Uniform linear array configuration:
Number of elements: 8
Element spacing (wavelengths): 1
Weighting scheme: hamming
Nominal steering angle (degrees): -60
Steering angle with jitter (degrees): -61.848
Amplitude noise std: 0.05
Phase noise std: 0.05

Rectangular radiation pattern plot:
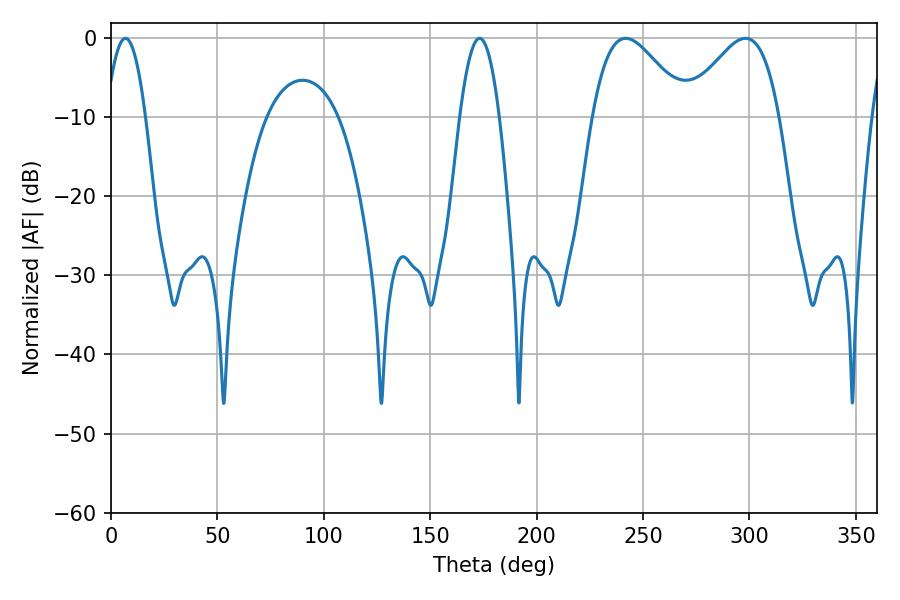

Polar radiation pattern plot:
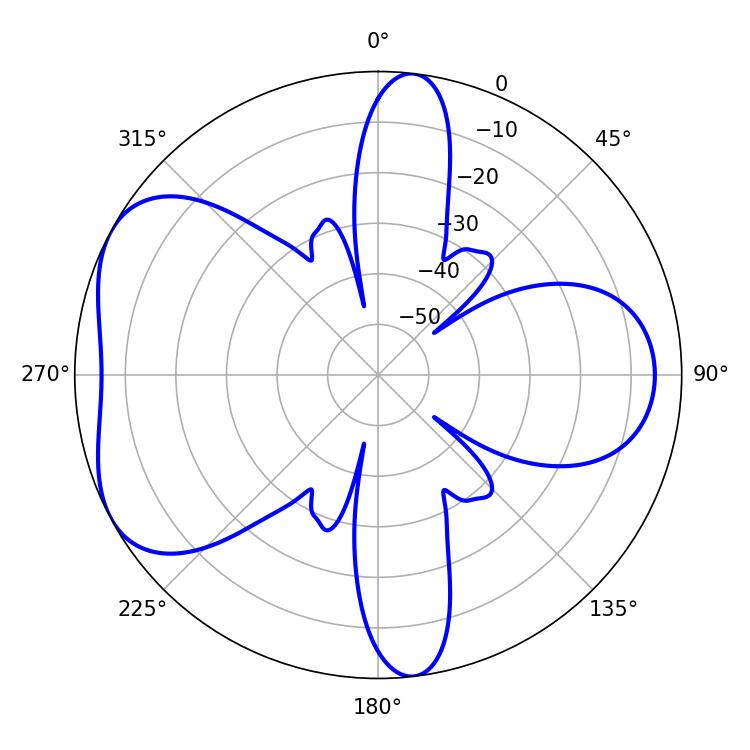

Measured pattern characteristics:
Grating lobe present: TRUE
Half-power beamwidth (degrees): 23.58
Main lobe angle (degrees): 241.92